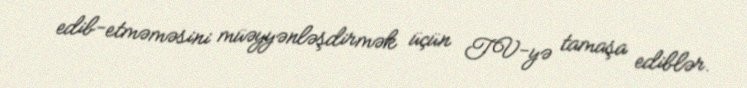
edib-etməməsini müəyyənləşdirmək üçün TV-yə tamaşa ediblər.